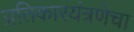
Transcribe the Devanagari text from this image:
प्रतिकारयंत्रणेचा